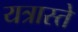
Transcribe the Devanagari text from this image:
यत्रास्ते